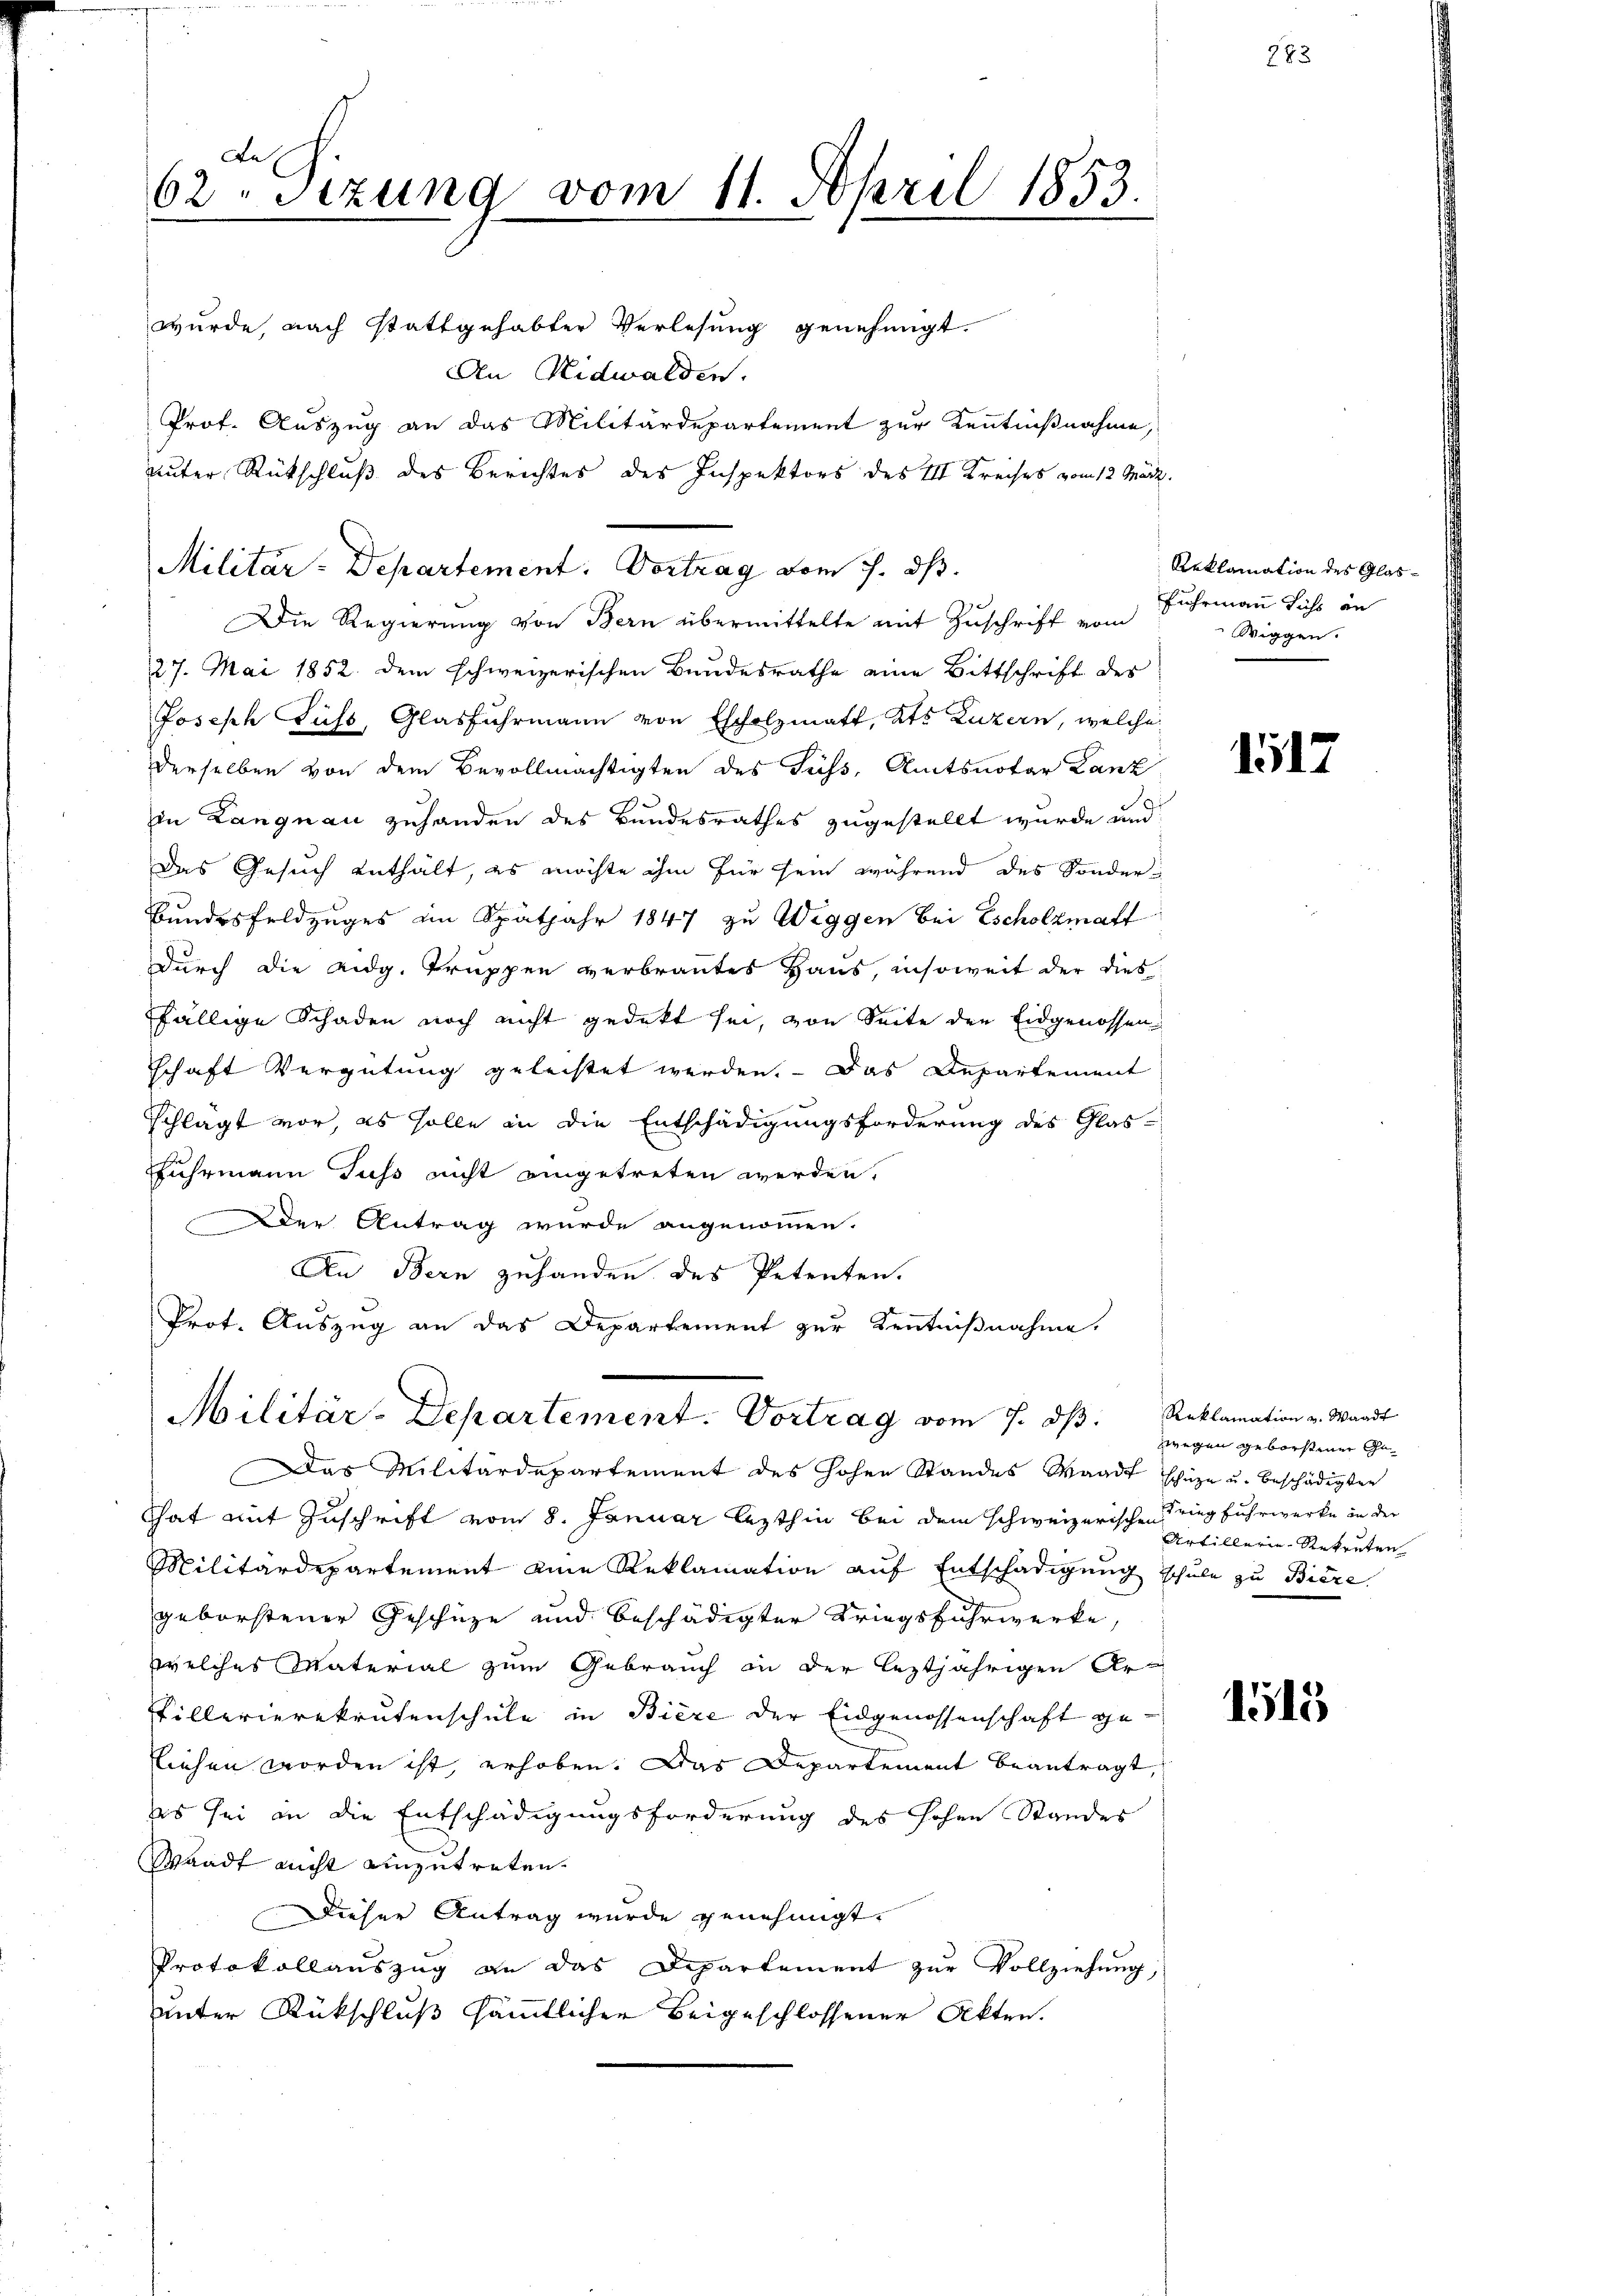
62 sizung vom 11. April 1853.

wurde, nach stattgehabter Verlesung genehmigt.
An Nidwalden.
Die Regierung von Bern übermittelte mit Zuschrift vom
27. Mai 1852. dem schweizerischen Bundesrathe eine Bittschrift des
Joseph Fuss, Glasfuhrmann von Escholzmatt, Kts Luzern, welche
derselben von dem Bevollmächtigten des Fuss, Amtsnotar Lanz
in Langnau zuhanden des Bundesrathes zugestellt wurde und
Das Gesuch enthält, es möchte ihm für sein während des Sonder¬
Bundesfeldzuges im Spätjahr 1847 zu Wiggen bei Escholzmaff
durch die Eidg. Truppen verbrantes Haus, insoweit der dies
fällige Schaden noch nicht gedeckt sei, von Seite den Eidgenossen-
schaft Vergütung geleistet werden. Das Departement
Schlägt vor, es solle an die Entschädigungsforderung des Glas-
Fuhrmann Fuss nicht eingetreten werden,
Der Antrag wurde angenommen.
An Bern zuhanden des Petenten.
Prot. Auszug an das Departement zur Kenntnißnahme,

Prof. Auszug an das Militärdepartement zur Kenntnißnahme,
unter Rückschluß des Berichtes des Inspektors des III Kreises vom 12. März.

Militar-Departement. Vortrag vom 7. dβ.

Militär-Departement. Vortrag vom 7. dβ. Reklamation v. Waadt

Das Militärdepartement des hohen Standes Waadt schüze u. beschädigten

That mit Zuschrift vom 8. Januar lezthin bei dem schweizerischen Krieg fuhrwerke in der
Militärdepartement eine Reklamation auf Entschädigung schule zu Biere,
geborstener Geschüze und beschädigter Kriegsfuhrwerke,
welches Material zum Gebrauch in der leztjährigen Ar-
Pillerierekrutenschule in Biere der Eidgenossenschaft geliehen worden ist, erhoben. Das Departement beantragt,
es sei in die Entschädigungsforderung des hohen Standes
Waadt nicht einzutreten.
Dieser Antrag wurde genehmigt.
Protokollauszug an das Departement zur Vollziehung,
uunter Rückschluß sämmtlicher Beigeschlossener Akten.

Reklamation des Glas¬
Fuhrmann sicht an
Wiggen.

1517

zwegen geborsteuer Ge¬
Artillerie Rekruten

1515